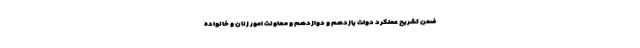
ضمن تشریح عملکرد دولت یازدهم و دوازدهم و معاونت امور زنان و خانواده